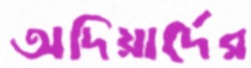
অদিয়ার্দের